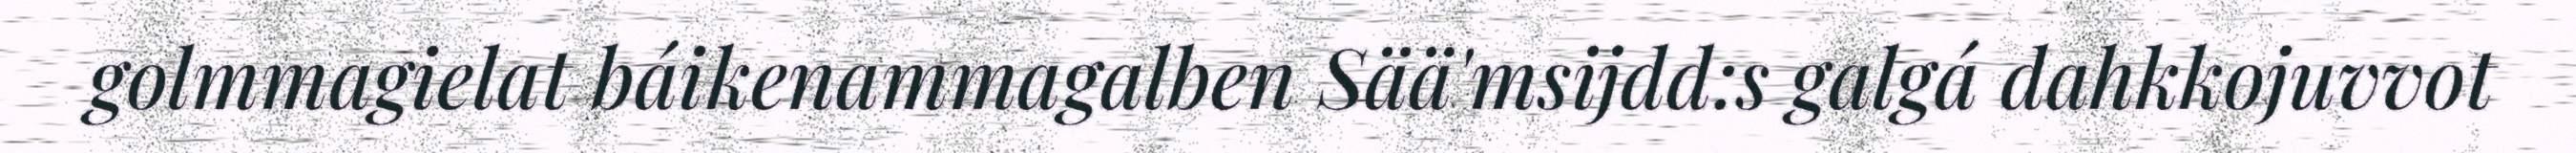
golmmagielat báikenammagalben Sää'msijdd:s galgá dahkkojuvvot